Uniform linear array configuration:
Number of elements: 24
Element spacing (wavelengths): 1
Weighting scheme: kaiser
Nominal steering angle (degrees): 45
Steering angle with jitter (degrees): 44.275
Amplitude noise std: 0.05
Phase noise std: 0.05

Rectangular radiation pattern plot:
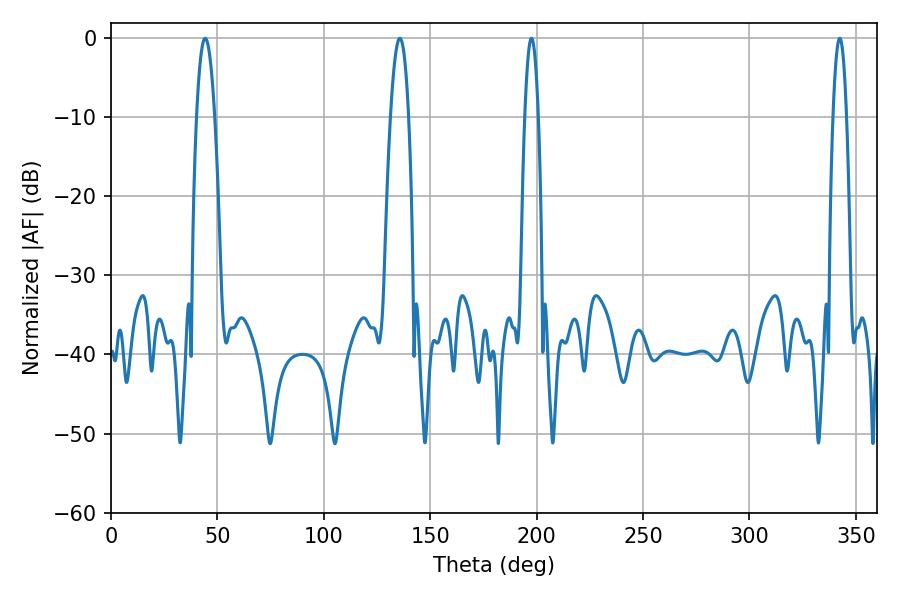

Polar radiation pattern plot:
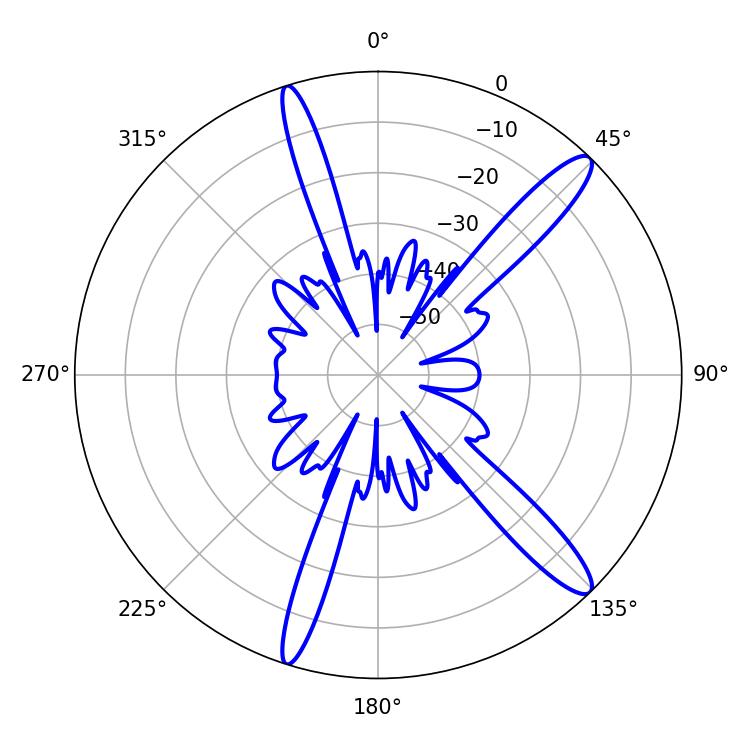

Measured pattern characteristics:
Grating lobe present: TRUE
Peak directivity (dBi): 13.778
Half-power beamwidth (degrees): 4.68
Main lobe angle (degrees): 44.28